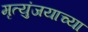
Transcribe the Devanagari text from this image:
मृत्युंजयाच्या